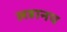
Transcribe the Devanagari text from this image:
लहानप